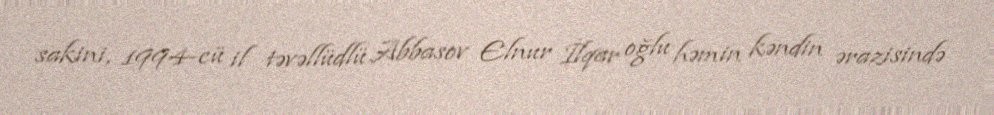
sakini, 1994-cü il təvəllüdlü Abbasov Elnur İlqar oğlu həmin kəndin ərazisində